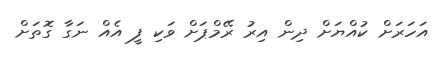
އަހަރަށް ކުއްޔަށް ދިން އިރު ރޭމްޕަށް ވަކި ފީ އެއް ނަގާ ގޮތަށް